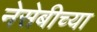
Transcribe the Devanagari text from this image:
नेसेबीच्या